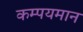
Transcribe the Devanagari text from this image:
कम्पयमान